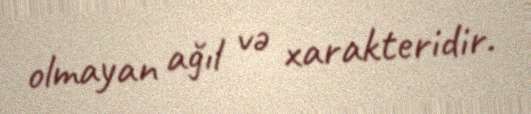
olmayan ağıl və xarakteridir.